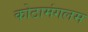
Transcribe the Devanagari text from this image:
कोठामंगलम